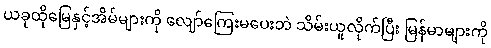
ယခုထိုမြေနှင့်အိမ်များကို လျော်ကြေးမပေးဘဲ သိမ်းယူလိုက်ပြီး မြန်မာများကို